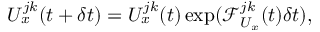
U _ { x } ^ { j k } ( t + \delta t ) = U _ { x } ^ { j k } ( t ) \exp ( \mathcal { F } _ { U _ { x } } ^ { j k } ( t ) \delta t ) ,